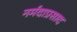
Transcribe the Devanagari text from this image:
नर्मदाप्रसाद